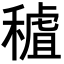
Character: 𥡧